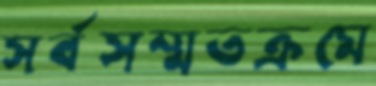
সর্বসম্মতক্রমে